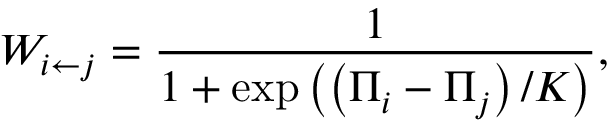
W _ { i \leftarrow { } j } = \frac { 1 } { 1 + \exp \left( \left( \Pi _ { i } - \Pi _ { j } \right) / K \right) } ,